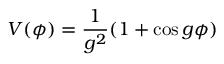
V ( \phi ) = \frac { 1 } { g ^ { 2 } } ( 1 + \cos g \phi )